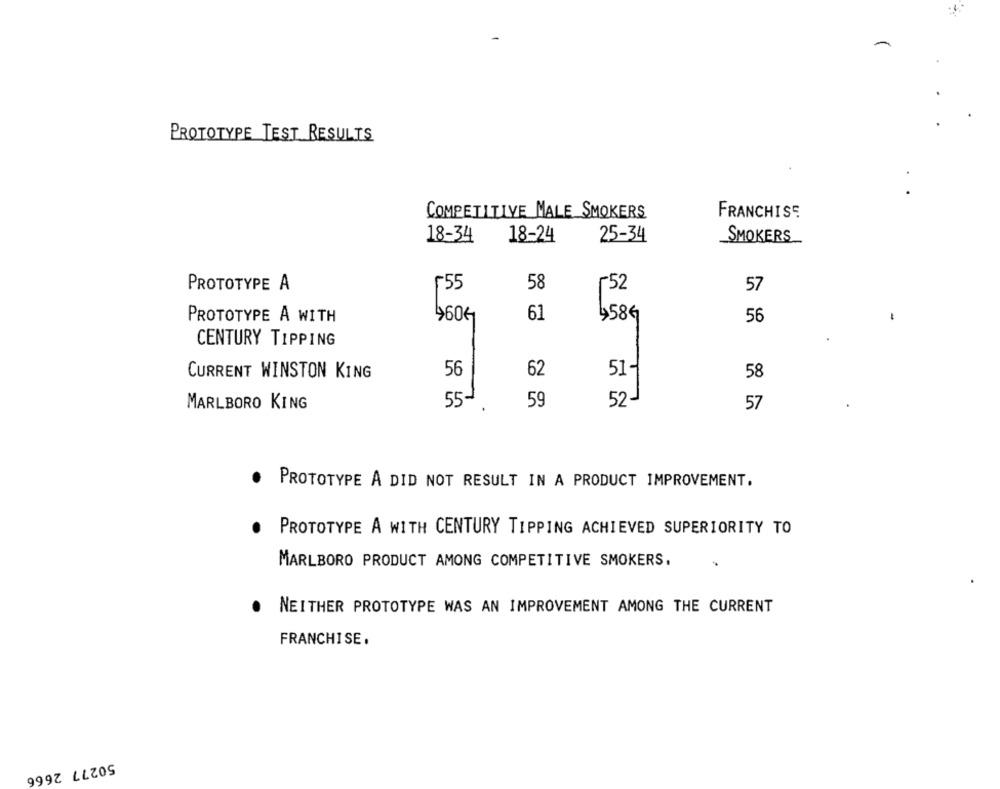
PROTOTYPE TEST RESULTS
COMPETITIVE MALE SMOKERS
FRANCHISE
18-34
25-34
18-24
SMOKERS
58
PROTOTYPE A
55
~52
57
4606
61
4586
56
PROTOTYPE A WITH
CENTURY TIPPING
56
51-
CURRENT WINSTON KING
62
58
55-
59
52-
MARLBORO KING
57
PROTOTYPE A DID NOT RESULT IN A PRODUCT IMPROVEMENT.
PROTOTYPE A WITH CENTURY TIPPING ACHIEVED SUPERIORITY TO
MARLBORO PRODUCT AMONG COMPETITIVE SMOKERS.
NEITHER PROTOTYPE WAS AN IMPROVEMENT AMONG THE CURRENT
FRANCHISE.